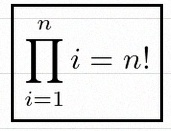
\prod_{i=1}^{n}i=n!